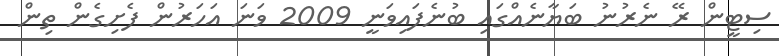
ސިޓީން ރޭ ނެރުނު ބަޔާނެއްގައި ބުނެފައިވަނީ 2009 ވަނަ އަހަރުން ފެށިގެން ތިން